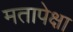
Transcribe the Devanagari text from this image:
मतापेक्षा